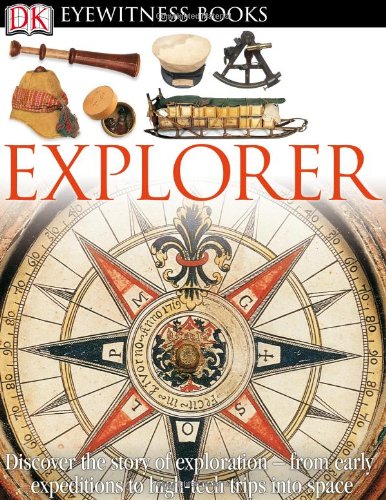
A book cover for DK Eyewitness Books: Explorer; Rupert Matthews; Children's Books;